Malaria in the Punjab - Number 46
Disease focus: Malaria
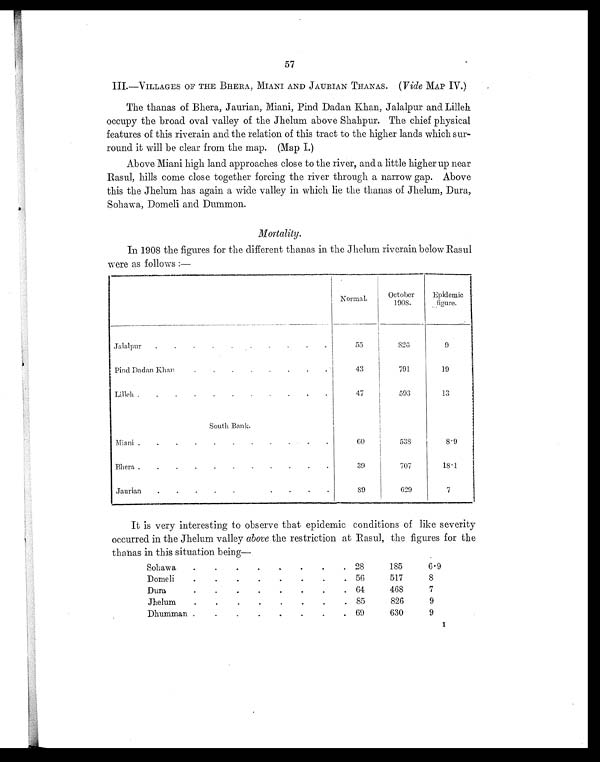
57
III.—VILLAGES OF THE BHERA, MIANI AND JAURIAN THANAS. ( Vide MAP IV.)
The thanas of Bhera, Jaurian, Miani, Pind Dadan Khan, Jalalpur and Lilleh
occupy the broad oval valley of the Jhelum above Shahpur. The chief physical
features of this riverain and the relation of this tract to the higher lands which sur-
round it will be clear from the map. (Map I.)
Above Miani high land approaches close to the river, and a little higher up near
Rasul, hills come close together forcing the river through a narrow gap. Above
this the Jhelum has again a wide valley in which lie the thanas of Jhelum, Dura,
Sohawa, Domeli and Dummon.
Mortality.
In 1908 the figures for the different thanas in the Jhelum riverain below Rasul
were as follows :—
Normal.
October
1908.
Epidemic
figure.
Jalalpur . . . . . .
. .
. .
55
826
9
Pind Dadan Khan
.
. . . . . . .
43
791
19
L i l l e h
. . . .
. .
. . . .
.
4 7
593
13
South Bank.
Miani . . .
.
. .
. . . .
.
60
538
8.9
Bhera . . . . .
.
. . . .
.
39
707
18.1
Jaurian . . . . .
. . . .
89 629
7
It is very interesting to observe that epidemic conditions of like severity
occurred in the Jhelum valley above the restriction at Rasul, the figures for the
thanas in this situation being—
Sohawa .
.
.
.
.
.
.
. 28
185
6.9
Domeli
.
.
.
.
.
.
.
. 56
517
8
Dura
.
.
.
.
.
.
.
. 64
468
7
Jhelum
.
.
.
.
.
.
.
. 85
826
9
Dhumman .
.
.
.
.
.
.
. 69
630
9